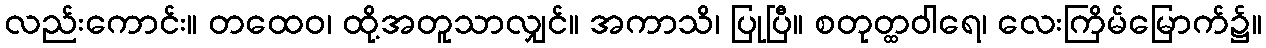
လည်းကောင်း။ တထေဝ၊ ထို့အတူသာလျှင်။ အကာသိ၊ ပြုပြီ။ စတုတ္ထဝါရေ၊ လေးကြိမ်မြောက်၌။